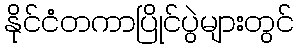
နိုင်ငံတကာပြိုင်ပွဲများတွင်